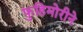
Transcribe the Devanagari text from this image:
फुहिमोरीने